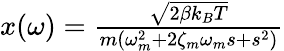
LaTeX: \begin{array}{r}{x(\omega)=\frac{\sqrt{2\beta k_{B}T}}{m(\omega_{m}^{2}+2\zeta_{m}\omega_{m}s+s^{2})}}\end{array}